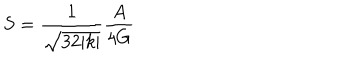
S = \frac { 1 } { \sqrt { 3 2 | k | } } \frac { A } { 4 G }